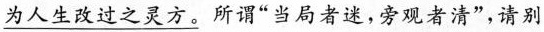
\underline{为人生改过之灵方。}所谓“当局者迷，旁观者清”，请别